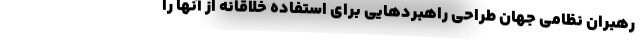
رهبران نظامی جهان طراحی راهبردهایی برای استفاده خلاقانه از آنها را